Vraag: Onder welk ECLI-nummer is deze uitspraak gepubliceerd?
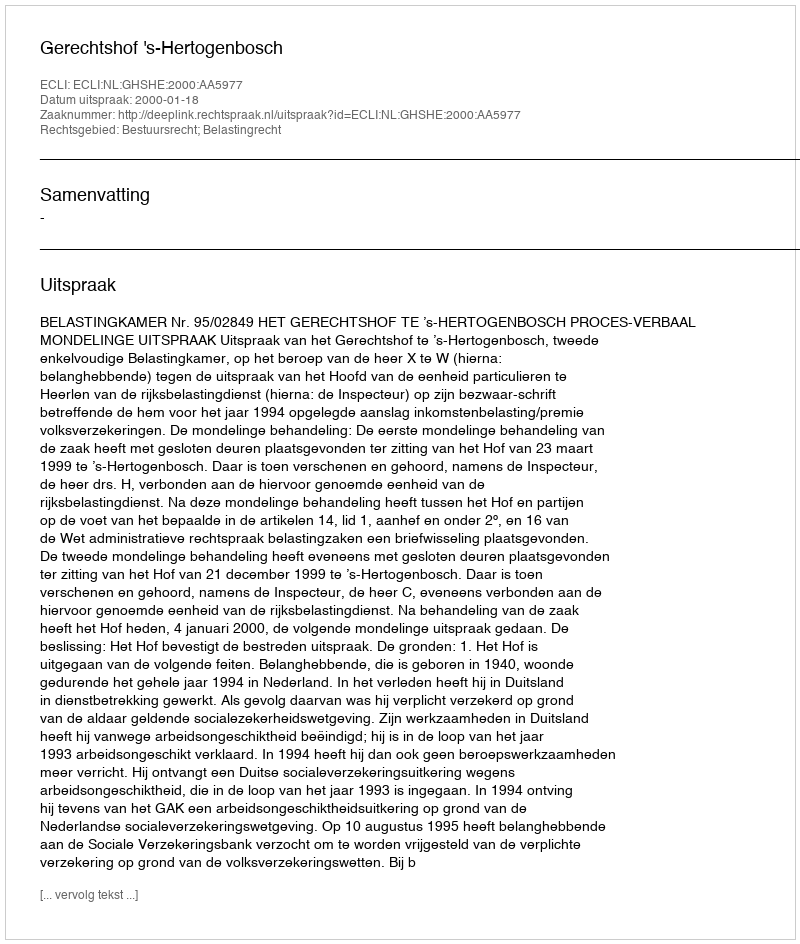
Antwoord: ECLI:NL:GHSHE:2000:AA5977